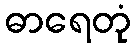
ဓာရေတုံ